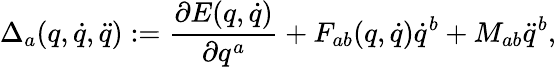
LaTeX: \Delta_{a}(q,\dot{q},\ddot{q}):=\frac{\partial E(q,\dot{q})}{\partial q^{a}}+F_{ab}(q,\dot{q})\dot{q}^{b}+M_{ab}\ddot{q}^{b},